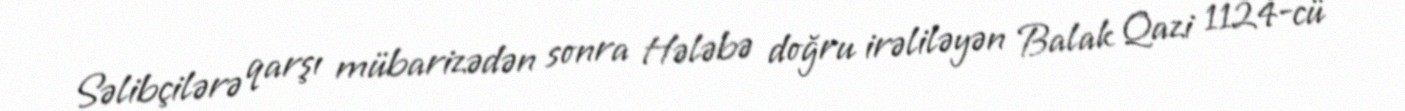
Səlibçilərə qarşı mübarizədən sonra Hələbə doğru irəliləyən Balak Qazi 1124-cü